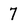
Character: 7